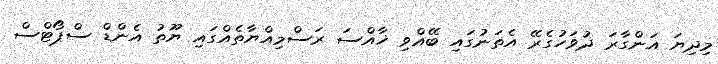
މިދިޔަ އަންގާރަ ދުވަހުގެރޭ އެތަނުގައި ބޭއްވި ޚާއްސަ ރަސްމިއްޔާތެއްގައި ޔޫތު އެންޑް ސްޕޯޓްސް